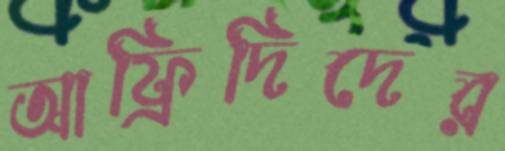
আফ্রিদিদের